Report on malaria in the Punjab during the year ...  together with an account of the work of the Punjab Malaria Bureau - Volume 6
Disease focus: Malaria
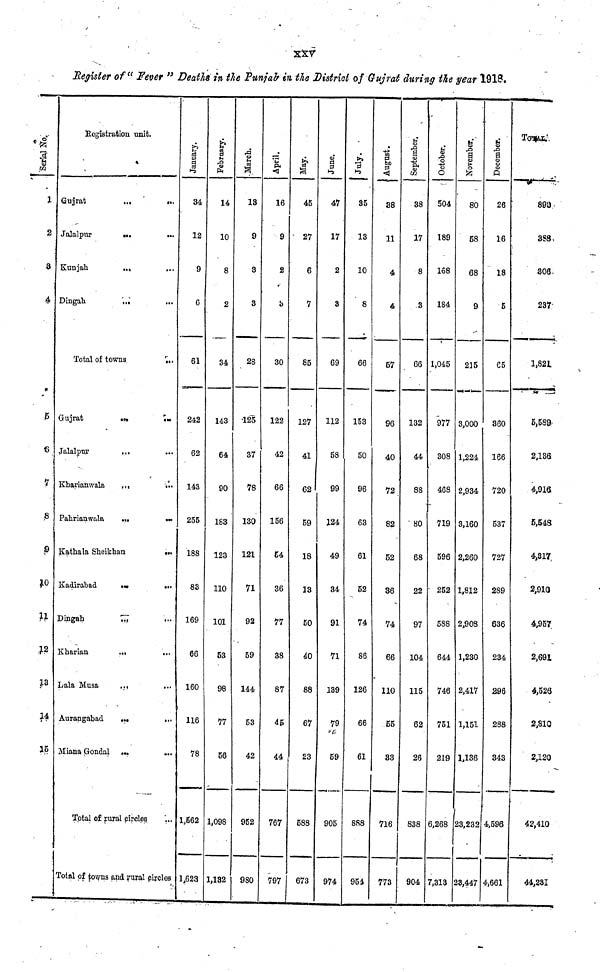
XXV
Register of" Fever " Deaths in the Punjab in the District of Gujrat during the year 1918.
Serial No.
S
3
4
5
6
7
8
9
10
11
12
13
14
15
Registration unit.
Gujrat
Jalalpur
Kunjah
Dingah
Total of towns
Gujrat
Jalalpur
Kharianwala
Pahrianwala
Kathala Sheikhan
Kadirabad
Dingah
Kharian
Lala Musa
Aurangabad
Miana Gondal
...
...
...
...
...
...
...
...
...
....
...
......
...
...
...
...
Total of rural circles
...
...
...
...
...
...
...
...
...
...
...
...
...
...
...
...
...
Total of towns and rural circles
January
34
12
9
6
61
242
62
143
255
188
83
169
66
160
116
78
1,562
1,623
February
14
10
8
2
34
143
64
90
183
123
110
101
53
98
77
56
1,098
1,132
March
13
9
3
3
28
125
37
78
130
121
71
92
59
144
53
42
952
980
April.
16
9
2
3
30
122
42
66
156
54
36
77
38
87
45
44
767
797
May.
45
27
6
7
85
127
41
62
59
18
13
50
40
88
67
23
588
673
June,
47
17
2
3
69
112
58
99
124
49
34
91
71
139
7
5
90
97
July.
35
13
10
8
66
153
50
96
63
61
52
74
86
126
66
61
888
954
August.
38
11
4
4
57
96
40
72
82
52
36
74
66
110
55
33
716
773
S*
September
38
17
8
3
66
132
44
88
80
68
22
97
104
115
62
26
838
904
October.
504
189
168
184
1,045
977
308
468
719
596
252
588
644
746
75
219
6,268
7,313
80
58
68
9
215
3,000
1,224
2,934
3,160
2,260
1,812
2,908
1,230
2,417
1,151
1,136
23,232
23,447
December
26
16
18
5
65
360
166
720
537
727
289
636
234
296
288
343
4,596
4,661
TOTAL.
893
388
306
237
1,821
5,589
2,136
4,916
5,548
4,317
2,910
4,957
2,691
4,526
2,810
2,120
42,410
44,231